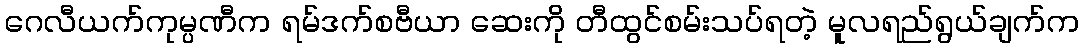
ဂေလီယက်ကုမ္ပဏီက ရမ်ဒက်စဗီယာ ဆေးကို တီထွင်စမ်းသပ်ရတဲ့ မူလရည်ရွယ်ချက်က